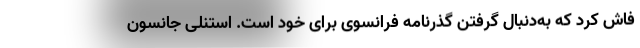
فاش کرد که به‌دنبال گرفتن گذرنامه فرانسوی برای خود است. استنلی جانسون